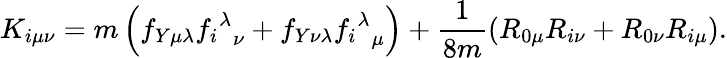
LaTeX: K_{i\mu\nu}=m\left(f_{Y\mu\lambda}{{f_{i}}^{\lambda}}_{\nu}+f_{Y\nu\lambda}{{f_{i}}^{\lambda}}_{\mu}\right)+\frac{1}{8m}(R_{0\mu}R_{i\nu}+R_{0\nu}R_{i\mu}).